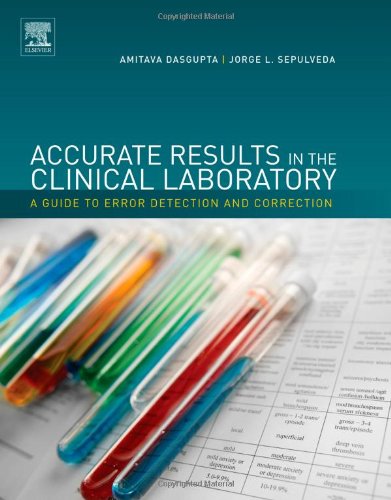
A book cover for Accurate Results in the Clinical Laboratory: A Guide to Error Detection and Correction; Science & Math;